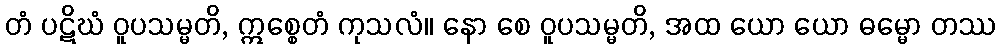
တံ ပဋိဃံ ဝူပသမ္မတိ, ဣစ္စေတံ ကုသလံ။ နော စေ ဝူပသမ္မတိ, အထ ယော ယော ဓမ္မော တဿ